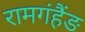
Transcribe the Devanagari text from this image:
रामगंहैंङ